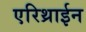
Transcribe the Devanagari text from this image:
एरिथ्राईन